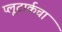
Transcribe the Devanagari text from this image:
प्लूटार्कचा